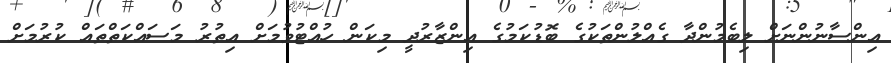
އިންސާނުންނަށް ލިބެމުންދާ ގެއްލުންތަކުގެ ބޮޑުކަމުގެ އިންޒާރުދީ މިކަން ހުއްޓުވުމަށް އިތުރު މަސައްކަތްތައް ކުރުމަށް